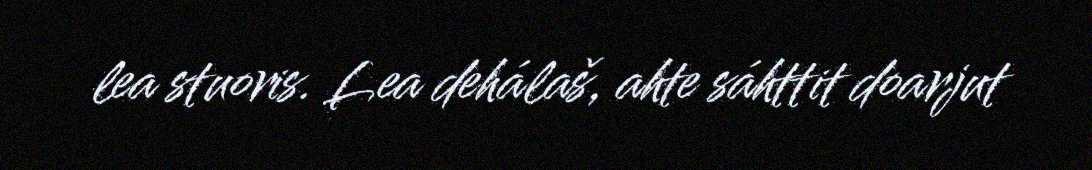
lea stuoris. Lea dehálaš, ahte sáhttit doarjut